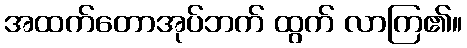
အထက်တောအုပ်ဘက် ထွက် လာကြ၏။